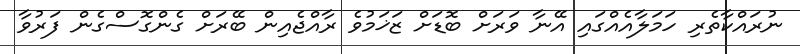
ނުރައްކާތެރި ހަމަލާއެއްގައި އޭނާ ވަރަށް ބޮޑަށް ޒަޚަމުވެ ރާއްޖެއިން ބޭރަށް ގެންގޮސްގެން ފަރުވާ